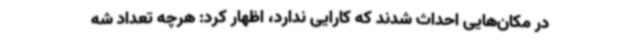
در مکان‌هایی احداث شدند که کارایی ندارد، اظهار کرد: هرچه تعداد شه